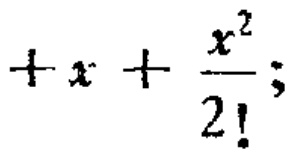
$+x+\frac{x^{2}}{2!};$